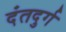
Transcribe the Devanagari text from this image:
दंतदुर्ग